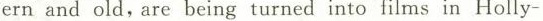
ern and old,are being turned into films in Holly-